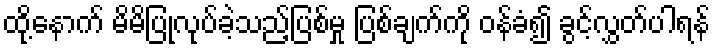
ထို့နောက် မိမိပြုလုပ်ခဲ့သည့်ပြစ်မှု ပြစ်ချက်ကို ဝန်ခံ၍ ခွင့်လွှတ်ပါရန်